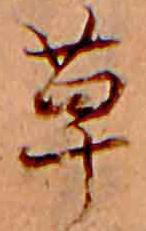
草